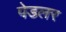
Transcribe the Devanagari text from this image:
पेडलर